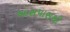
આસપાસથી